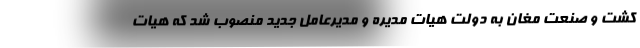
کشت و صنعت مغان به دولت هیات مدیره و مدیرعامل جدید منصوب شد که هیات